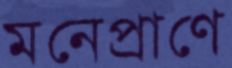
মনেপ্রাণে